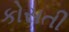
કોસતી